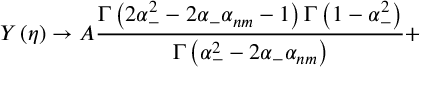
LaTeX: Y \left( \eta \right) \rightarrow A \frac { \Gamma \left( 2 \alpha _ { - } ^ { 2 } - 2 \alpha _ { - } \alpha _ { n m } - 1 \right) \Gamma \left( 1 - \alpha _ { - } ^ { 2 } \right) } { \Gamma \left( \alpha _ { - } ^ { 2 } - 2 \alpha _ { - } \alpha _ { n m } \right) } +